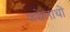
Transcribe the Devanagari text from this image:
सकेंनाथों